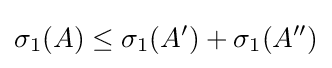
\sigma _{1}(A)\leq \sigma _{1}(A')+\sigma _{1}(A'')